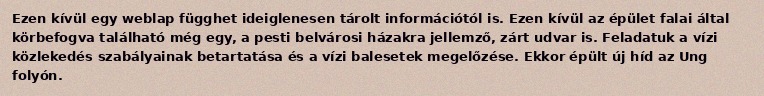
Ezen kívül egy weblap függhet ideiglenesen tárolt információtól is. Ezen kívül az épület falai által körbefogva található még egy, a pesti belvárosi házakra jellemző, zárt udvar is. Feladatuk a vízi közlekedés szabályainak betartatása és a vízi balesetek megelőzése. Ekkor épült új híd az Ung folyón.